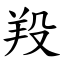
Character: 羖